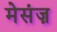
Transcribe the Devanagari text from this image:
मेसंज़